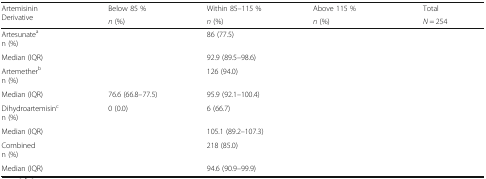
<table><thead><tr><td rowspan="2"><b>Artemisinin Derivative</b></td><td><b>Below 85 %</b></td><td><b>Within 85–115 %</b></td><td><b>Above 115 %</b></td><td><b>Total</b></td></tr><tr><td><b><i>n</i> (%)</b></td><td><b><i>n</i> (%)</b></td><td><b><i>n</i> (%)</b></td><td><b><i>N</i> = 254</b></td></tr></thead><tbody><tr><td>Artesunate<sup>a</sup>n (%)</td><td>[EMPTY_CELL]</td><td>86 (77.5)</td><td>[EMPTY_CELL]</td><td>[EMPTY_CELL]</td></tr><tr><td>Median (IQR)</td><td>[EMPTY_CELL]</td><td>92.9 (89.5–98.6)</td><td>[EMPTY_CELL]</td><td>[EMPTY_CELL]</td></tr><tr><td>Artemether<sup>b</sup>n (%)</td><td>[EMPTY_CELL]</td><td>126 (94.0)</td><td>[EMPTY_CELL]</td><td>[EMPTY_CELL]</td></tr><tr><td>Median (IQR)</td><td>76.6 (66.8–77.5)</td><td>95.9 (92.1–100.4)</td><td>[EMPTY_CELL]</td><td>[EMPTY_CELL]</td></tr><tr><td>Dihydroartemisin<sup>c</sup>n (%)</td><td>0 (0.0)</td><td>6 (66.7)</td><td>[EMPTY_CELL]</td><td>[EMPTY_CELL]</td></tr><tr><td>Median (IQR)</td><td>[EMPTY_CELL]</td><td>105.1 (89.2–107.3)</td><td>[EMPTY_CELL]</td><td>[EMPTY_CELL]</td></tr><tr><td>Combinedn (%)</td><td>[EMPTY_CELL]</td><td>218 (85.0)</td><td>[EMPTY_CELL]</td><td>[EMPTY_CELL]</td></tr><tr><td>Median (IQR)</td><td>[EMPTY_CELL]</td><td>94.6 (90.9–99.9)</td><td>[EMPTY_CELL]</td><td>[EMPTY_CELL]</td></tr></tbody></table>